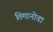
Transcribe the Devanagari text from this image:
तिमानोवा